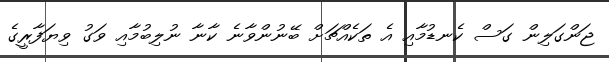
ޖަންގަލިން ގަސް ކެނޑުމާއި އެ ތަކެއްޗަށް ބޭނުންވާނެ ކާނާ ނުލިބުމާއި ވަގު ވިޔަފާރީގެ